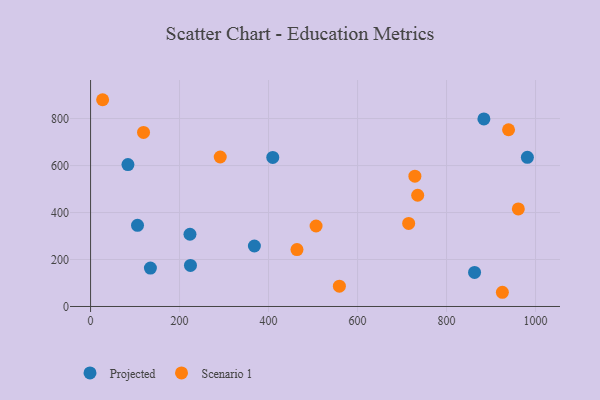
{"axis": {"x": "Price", "y": "Yield"}, "legend": ["Projected", "Scenario 1"], "data": [{"x": "409.5", "y": 634.4, "type": "Projected"}, {"x": "105.5", "y": 345.6, "type": "Projected"}, {"x": "224.5", "y": 175.0, "type": "Projected"}, {"x": "223.4", "y": 307.6, "type": "Projected"}, {"x": "884.0", "y": 798.6, "type": "Projected"}, {"x": "368.2", "y": 257.5, "type": "Projected"}, {"x": "134.5", "y": 163.6, "type": "Projected"}, {"x": "84.0", "y": 604.2, "type": "Projected"}, {"x": "863.0", "y": 144.8, "type": "Projected"}, {"x": "981.7", "y": 635.0, "type": "Projected"}, {"x": "291.4", "y": 636.4, "type": "Scenario 1"}, {"x": "506.8", "y": 342.7, "type": "Scenario 1"}, {"x": "119.0", "y": 740.9, "type": "Scenario 1"}, {"x": "27.1", "y": 880.2, "type": "Scenario 1"}, {"x": "735.2", "y": 473.6, "type": "Scenario 1"}, {"x": "728.9", "y": 554.9, "type": "Scenario 1"}, {"x": "559.2", "y": 86.4, "type": "Scenario 1"}, {"x": "961.4", "y": 415.5, "type": "Scenario 1"}, {"x": "714.9", "y": 353.7, "type": "Scenario 1"}, {"x": "463.9", "y": 242.1, "type": "Scenario 1"}, {"x": "925.5", "y": 60.5, "type": "Scenario 1"}, {"x": "939.4", "y": 752.4, "type": "Scenario 1"}]}